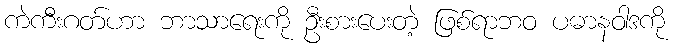
ကဲကီးဂတ်ဟာ ဘာသာရေးကို ဦးစားပေးတဲ့ ဖြစ်ရာဘဝ ပဓာနဝါဒကို